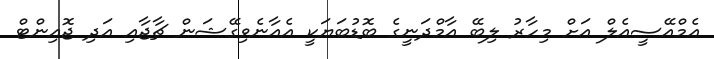
އެމްއޭސީއެލް އަށް މިހާރު ލިބޭ އާމްދަނީގެ ބޮޑުބަޔަކީ އެއާނެވިގޭޝަން ޗާޖާއި އަދި ޖޮއިންޓް